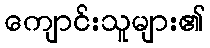
ကျောင်းသူများ၏